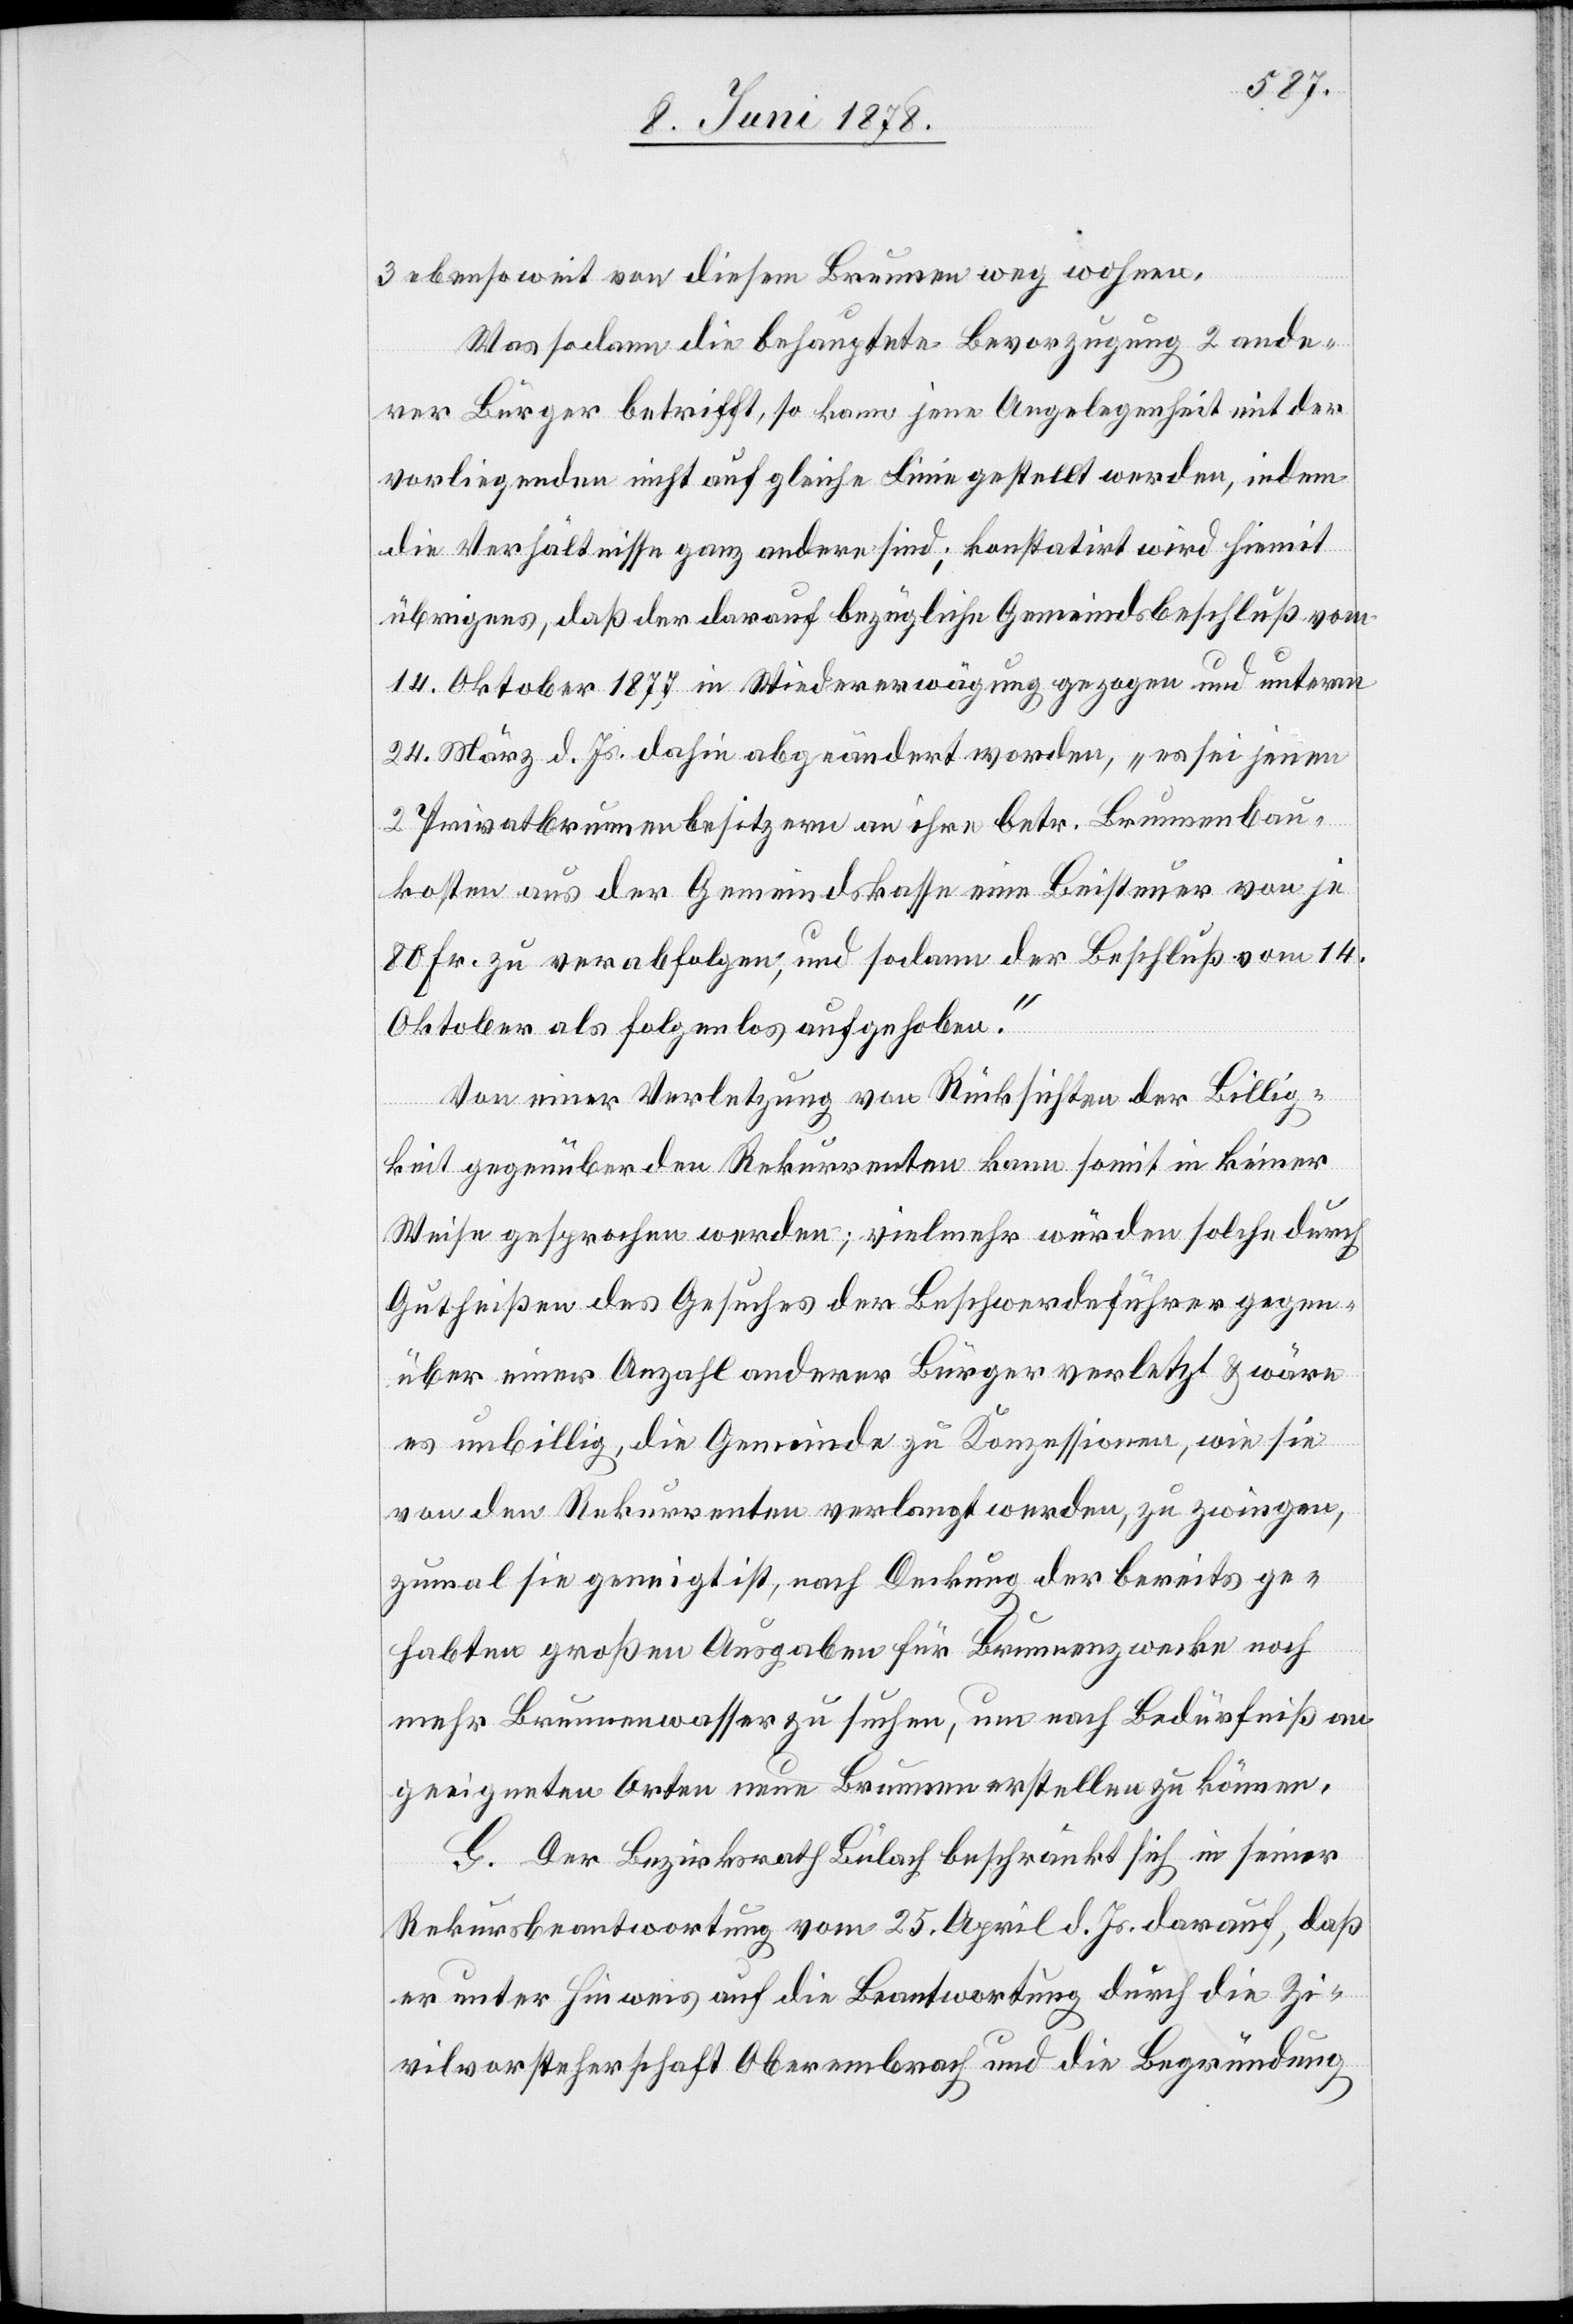
3 ebensoweit von diesen Brunnen weg wohnen.
Was sodann die behauptete Bevorzugung 2 ande¬
rer Bürger betrifft, so kann jene Angelegenheit mit der
vorliegenden nicht auf gleiche Linie gestellt werden, indem
die Verhältnisse ganz andere sind; konstatirt wird hiemit
übrigens, daß der darauf bezügliche Gemeindsbeschluß vom
14. Oktober 1877 in Wiedererwägung gezogen und unterm
24. März d. Js. dahin abgeändert worden, „es sei jenen
2 Privatbrunnenbesitzern an ihre betr. Brunnenbau¬
kosten aus der Gemeindskasse eine Beisteuer von je
80 Fr. zu verabfolgen, und sodann der Beschluß vom 14.
Oktober als folgenlos aufgehoben.“
Von einer Verletzung von Rücksichten der Billig¬
keit gegenüber den Rekurrenten kann somit in keiner
Weise gesprochen werden; vielmehr würden solche durch
Gutheißen des Gesuches der Beschwerdeführer gegen¬
über einer Anzahl anderer Bürger verletzt & wäre
es unbillig, die Gemeinde zu Konzessionen, wie sie
von den Rekurrenten verlangt werden, zu zwingen,
zumal sie geneigt ist, nach Deckung der bereits ge¬
habten großen Ausgaben für Brunnenzwecke noch
mehr Brunnenwasser zu suchen, um nach Bedürfniß an
geeigneten Orten neue Brunnen erstellen zu können.
G. Der Bezirksrath Bülach beschränkt sich in seiner
Rekursbeantwortung vom 25. April d. Js. darauf, daß
er unter Hinweis auf die Beantwortung durch die Zi¬
vilvorsteherschaft Oberembrach und die Begründung